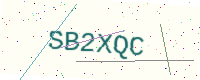
Text: SB2XQC